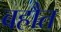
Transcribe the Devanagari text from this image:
बहौत